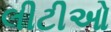
લીટીઓ